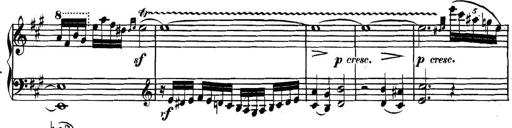
Title: Collected Piano Sonatas
Composer: Muzio Clementi